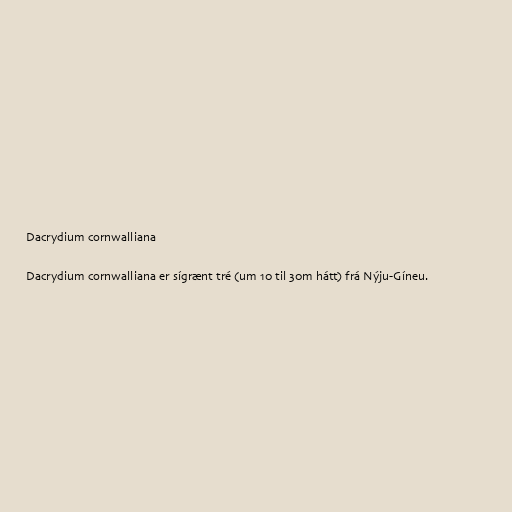
Dacrydium cornwalliana

Dacrydium cornwalliana er sígrænt tré (um 10 til 30m hátt) frá Nýju-Gíneu.